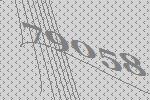
79058